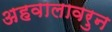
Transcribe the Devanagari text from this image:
अहवालावरुन